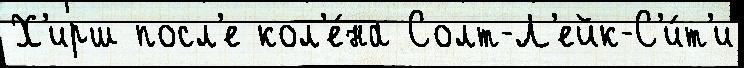
Х'ирш посл'е кол'е́на Солт-Л'ейк-С'и́т'и